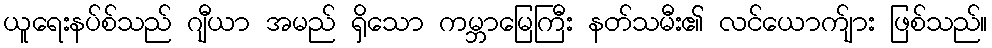
ယူရေးနပ်စ်သည် ဂျီယာ အမည် ရှိသော ကမ္ဘာမြေကြီး နတ်သမီး၏ လင်ယောက်ျား ဖြစ်သည်။